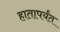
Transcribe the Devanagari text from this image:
हातापर्यंत